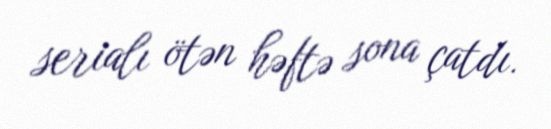
serialı ötən həftə sona çatdı.